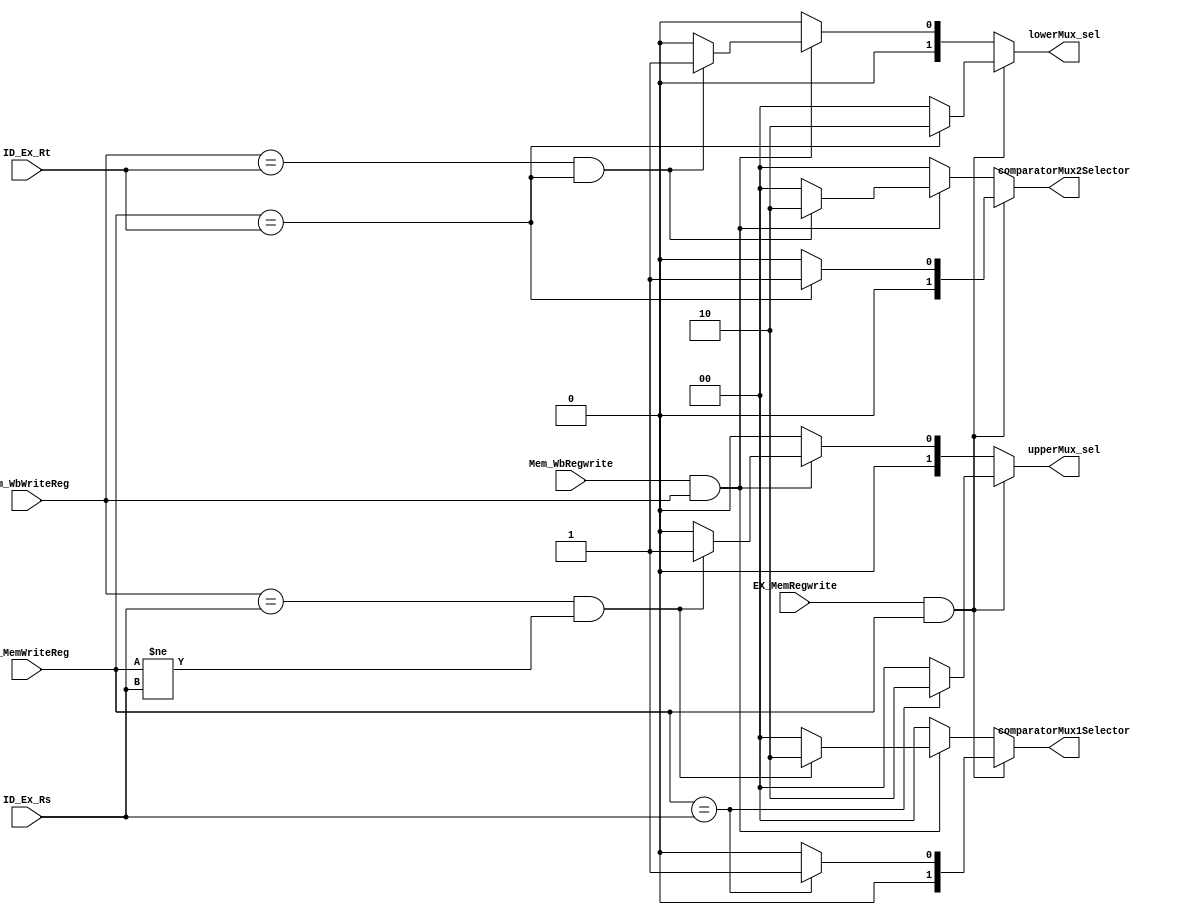
module Forwarding_Unit (EX_MemRegwrite,EX_MemWriteReg,Mem_WbRegwrite,Mem_WbWriteReg,ID_Ex_Rs,ID_Ex_Rt,upperMux_sel,lowerMux_sel, comparatorMux1Selector,comparatorMux2Selector);
  
/* This module is used for resolving the data hazards by forwarding the outputs to the inputs of different stages as written in the code below. The conditions are in accordance
   with those mentioned in the TB */  
   
input EX_MemRegwrite, Mem_WbRegwrite;
input [4:0] EX_MemWriteReg , Mem_WbWriteReg, ID_Ex_Rs, ID_Ex_Rt;
output reg [1:0] upperMux_sel, lowerMux_sel;
output reg [1:0] comparatorMux1Selector,comparatorMux2Selector;

always @(EX_MemRegwrite or EX_MemWriteReg or Mem_WbRegwrite or Mem_WbWriteReg or ID_Ex_Rs or ID_Ex_Rt)

begin
  if(EX_MemRegwrite && EX_MemWriteReg)  //forwarding from ALUout to ALUin and from ALU to ID stage
	begin
	  if (EX_MemWriteReg==ID_Ex_Rs)
		begin
			upperMux_sel<=2'b10;
			comparatorMux1Selector<=2'b01;
		end
	  else //no forwarding
		begin
			upperMux_sel<=2'b00;
			comparatorMux1Selector<=2'b00;
		end
		
	  if(EX_MemWriteReg==ID_Ex_Rt)
		begin
			lowerMux_sel<=2'b10;
			comparatorMux2Selector<=2'b01;
		end
	  else //no forwarding
		begin
			lowerMux_sel<=2'b00;
			comparatorMux2Selector<=2'b00;
		end
	end
  
  else if (Mem_WbRegwrite && Mem_WbWriteReg)   //forwarding from Memorystage to ALU and from Memorystage to ID stage
	begin
	  if ((Mem_WbWriteReg==ID_Ex_Rs) && (EX_MemWriteReg!=ID_Ex_Rs))
		begin
			upperMux_sel<=2'b01;
			comparatorMux1Selector<=2'b10;
		end
	  else //no forwarding
		begin
			upperMux_sel<=2'b00;
			comparatorMux1Selector<=2'b00;
		end
		
	  if((Mem_WbWriteReg==ID_Ex_Rt) && (EX_MemWriteReg==ID_Ex_Rt) )
		begin
			lowerMux_sel<=2'b01;
			comparatorMux2Selector<=2'b10;
		end

	  else //no forwarding
		begin
			lowerMux_sel<=2'b00;
			comparatorMux2Selector<=2'b00;
		end  
	end
  
  else    //No forwarding
	begin
		upperMux_sel<=2'b00;
		lowerMux_sel<=2'b00;
		comparatorMux1Selector<=2'b00;
		comparatorMux2Selector<=2'b00;
	end
	
end
  
endmodule